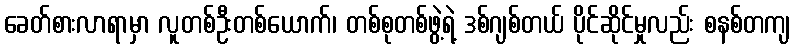
ခေတ်စားလာရာမှာ လူတစ်ဦးတစ်ယောက်၊ တစ်စုတစ်ဖွဲ့ရဲ့ ဒစ်ဂျစ်တယ် ပိုင်ဆိုင်မှုလည်း စနစ်တကျ